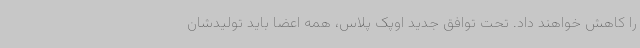
را کاهش خواهند داد. تحت توافق جدید اوپک پلاس، همه اعضا باید تولیدشان